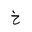
Letter: _kha